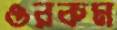
ওরকম